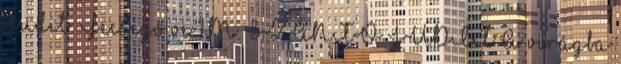
Judit: Fecsegő ve 1 M. SZÁNTÓ JUDIT A virágba